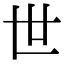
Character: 世